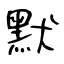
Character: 默